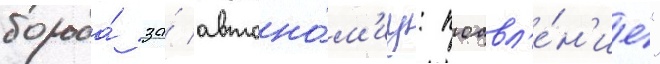
борьба́ за́ автоно́м'иу: поавл'е́н'ие"